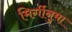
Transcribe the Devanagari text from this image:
मिर्गीनुमा